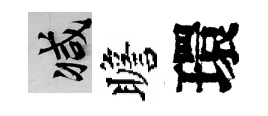
减瞻環